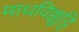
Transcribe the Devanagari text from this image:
माधविक्कुट्टि